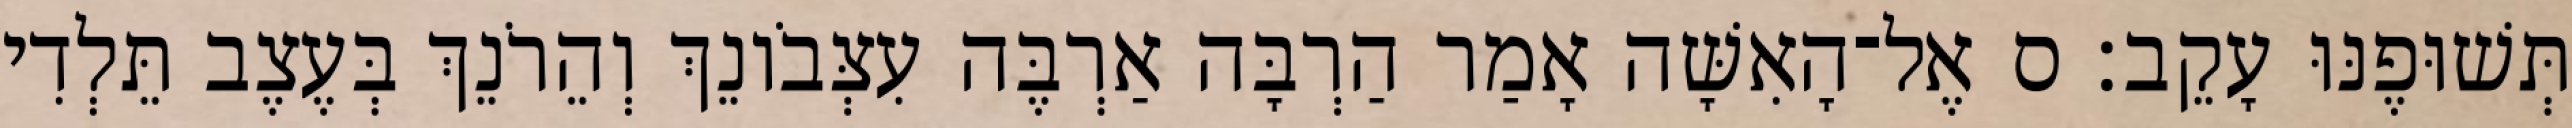
תְּשׁוּפֶנּוּ עָקֵב׃ ס אֶל־הָאִשָּׁה אָמַר הַרְבָּה אַרְבֶּה עִצְּבֹונֵךְ וְהֵרֹנֵךְ בְּעֶצֶב תֵּלְדִי